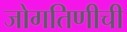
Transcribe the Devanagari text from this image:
जोगतिणीची